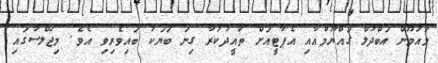
މައުމޫން އަބްދުލް ގައްޔޫމްއާއި އެޕާޓީއަށް ތާއީދުކުރާ ގިނަ ބަޔަކު ބައިވެރިވި އެވެ. މިޖަލްސާގައި